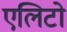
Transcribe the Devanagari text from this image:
एलिटो